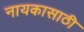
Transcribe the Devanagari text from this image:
नायकासाठी